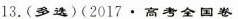
13.(多选)(2017·高考全国卷